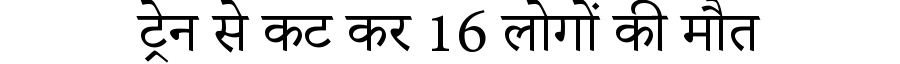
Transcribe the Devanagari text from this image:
ट्रेन से कट कर 16 लोगों की मौत